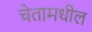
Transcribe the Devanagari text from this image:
चेतामधील